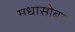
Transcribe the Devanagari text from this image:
मधासोबत